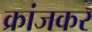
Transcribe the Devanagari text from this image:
क्रांजकर